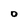
Character: 0